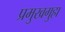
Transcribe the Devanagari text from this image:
प्रमुखगुहा